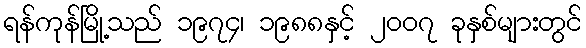
ရန်ကုန်မြို့သည် ၁၉၇၄၊ ၁၉၈၈နှင့် ၂၀၀၇ ခုနှစ်များတွင်